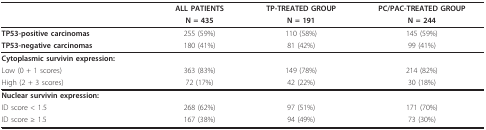
<table><thead><tr><td></td><td><b>ALL PATIENTS</b></td><td><b>TP-TREATED GROUP</b></td><td><b>PC/PAC-TREATED GROUP</b></td></tr><tr><td></td><td><b>N = 435</b></td><td><b>N = 191</b></td><td><b>N = 244</b></td></tr></thead><tbody><tr><td><b>TP53-positive carcinomas</b></td><td>255 (59%)</td><td>110 (58%)</td><td>145 (59%)</td></tr><tr><td><b>TP53-negative carcinomas</b></td><td>180 (41%)</td><td>81 (42%)</td><td>99 (41%)</td></tr><tr><td><b>Cytoplasmic survivin expression:</b></td><td></td><td></td><td></td></tr><tr><td>Low (0 + 1 scores)</td><td>363 (83%)</td><td>149 (78%)</td><td>214 (82%)</td></tr><tr><td>High (2 + 3 scores)</td><td>72 (17%)</td><td>42 (22%)</td><td>30 (18%)</td></tr><tr><td><b>Nuclear survivin expression:</b></td><td></td><td></td><td></td></tr><tr><td>ID score &lt; 1.5</td><td>268 (62%)</td><td>97 (51%)</td><td>171 (70%)</td></tr><tr><td>ID score ≥ 1.5</td><td>167 (38%)</td><td>94 (49%)</td><td>73 (30%)</td></tr></tbody></table>